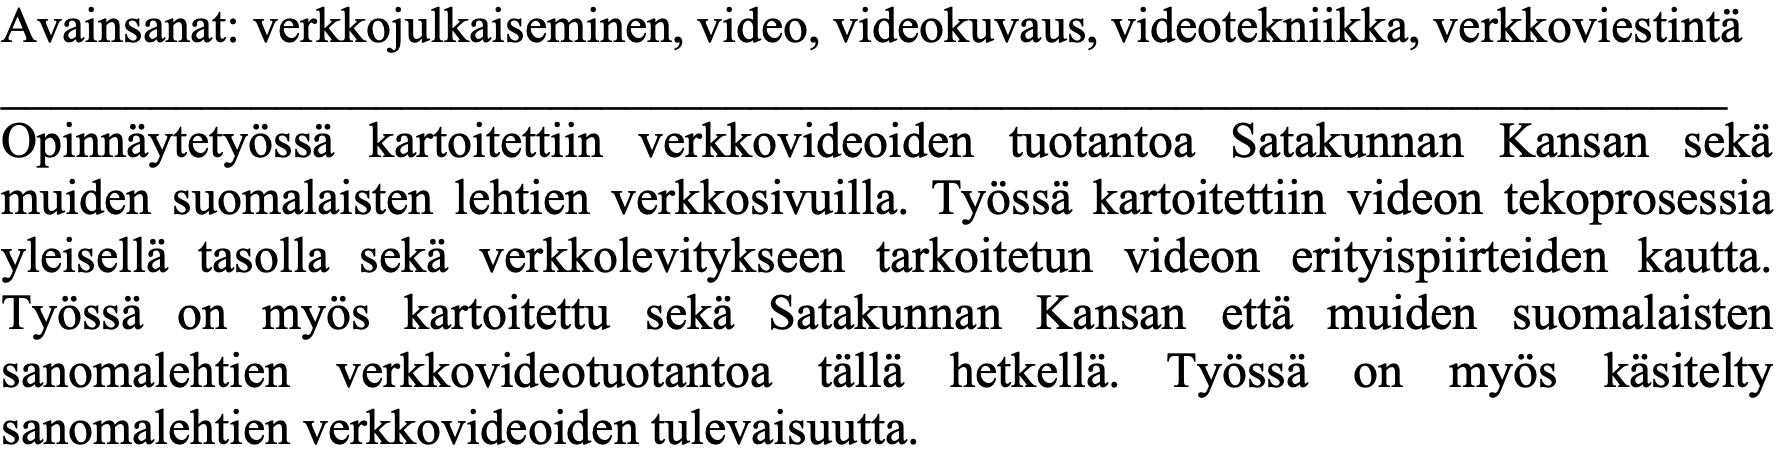
Avainsanat: verkkojulkaiseminen, video, videokuvaus, videotekniikka, verkkoviestintä _____________________________________________________________________ Opinnäytetyössä kartoitettiin verkkovideoiden tuotantoa Satakunnan Kansan sekä muiden suomalaisten lehtien verkkosivuilla. Työssä kartoitettiin videon tekoprosessia yleisellä tasolla sekä verkkolevitykseen tarkoitetun videon erityispiirteiden kautta. Työssä on myös kartoitettu sekä Satakunnan Kansan että muiden suomalaisten sanomalehtien verkkovideotuotantoa tällä hetkellä. Työssä on myös käsitelty sanomalehtien verkkovideoiden tulevaisuutta.